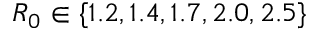
R _ { 0 } \in \{ 1 . 2 , 1 . 4 , 1 . 7 , 2 . 0 , 2 . 5 \}